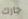
جارك